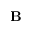
\mathbf { B }